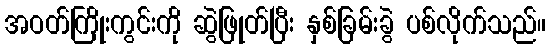
အဝတ်ကြိုးကွင်းကို ဆွဲဖြုတ်ပြီး နှစ်ခြမ်းခွဲ ပစ်လိုက်သည်။